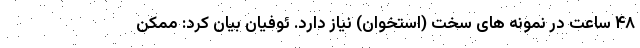
۴۸ ساعت در نمونه های سخت (استخوان) نیاز دارد. ئوفیان بیان کرد: ممکن